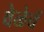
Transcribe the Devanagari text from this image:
वेळेचें